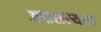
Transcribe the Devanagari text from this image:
अक्षरास्यता